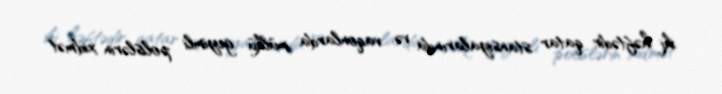
iki həftədir qatar stansiyalarında və vaqonlarda mülkü geyimli polislərin xidmət